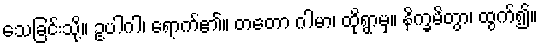
သေခြင်းသို့။ ဥပါဂါ၊ ရောက်၏။ တတော ဂါမာ၊ ထိုရွာမှ။ နိက္ခမိတွာ၊ ထွက်၍။